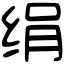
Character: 绢